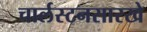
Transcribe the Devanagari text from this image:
चार्लस्टनसारखे